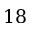
1 8